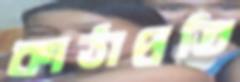
কাঠাপ্রতি